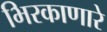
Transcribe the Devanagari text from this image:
भिरकाणारे